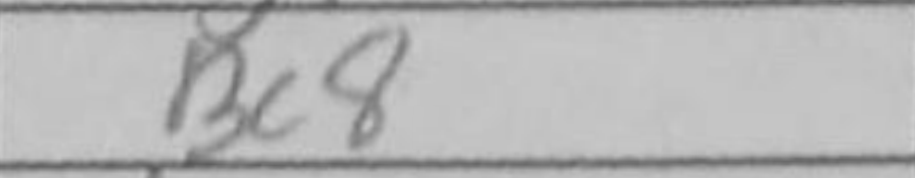
Transcription: Bc8